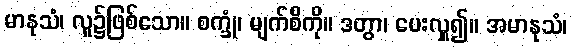
မာနုသံ၊ လူ၌ဖြစ်သော။ စက္ခုံ၊ မျက်စိကို။ ဒတွာ၊ ပေးလှူ၍။ အမာနုသံ၊